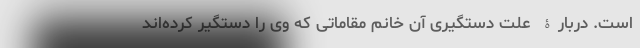
است. دربارۀ علت دستگیری آن خانم مقاماتی که وی را دستگیر کرده‌اند